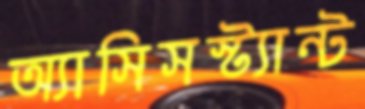
অ্যাসিসস্ট্যান্ট